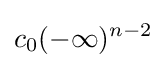
c_{0}(-\infty )^{n-2}